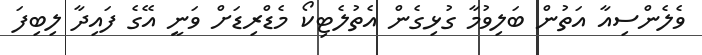
ވެލެންސިއާ އަތުން ބަލިވުމާ ގުޅިގެން އެތުލެޓިކޯ މެޑްރިޑަށް ވަނީ އޭގެ ފައިދާ ލިބިފަ